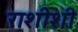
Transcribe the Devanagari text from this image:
राशीशी